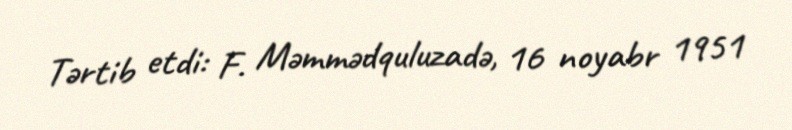
Tərtib etdi: F. Məmmədquluzadə, 16 noyabr 1951